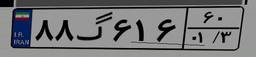
۸۸گ۶۱۶۶۰